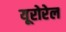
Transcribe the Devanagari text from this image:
यूरोरेल